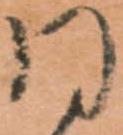
同